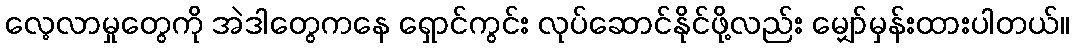
လေ့လာမှုတွေကို အဲဒါတွေကနေ ရှောင်ကွင်း လုပ်ဆောင်နိုင်ဖို့လည်း မျှော်မှန်းထားပါတယ်။